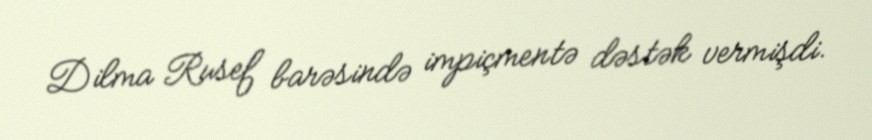
Dilma Rusef barəsində impiçmentə dəstək vermişdi.